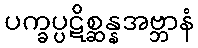
ပက္ခပ္ပဋိစ္ဆန္နအဗ္ဘာနံ